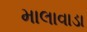
માલાવાડા